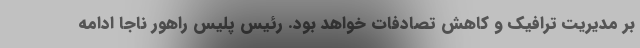
بر مدیریت ترافیک و کاهش تصادفات خواهد بود. رئیس پلیس راهور ناجا ادامه